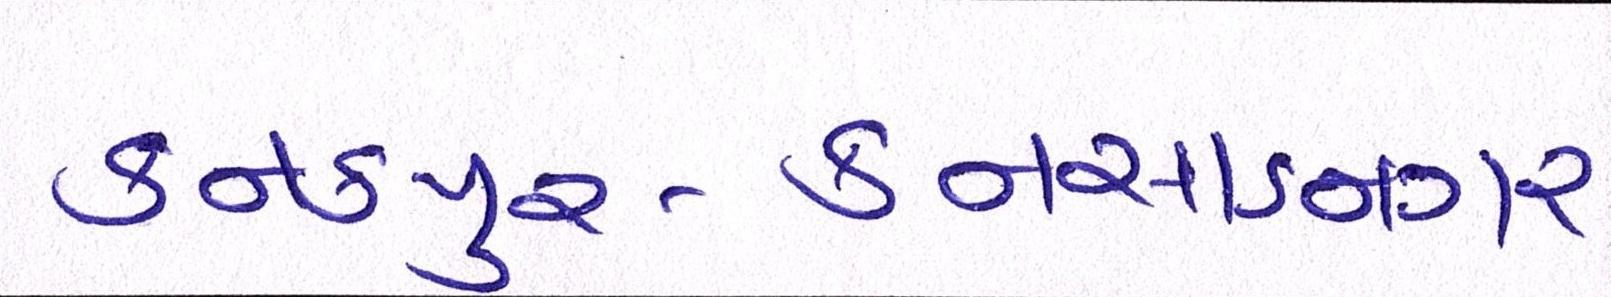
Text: કનકપુર-કનસાડનગર